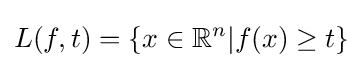
L(f,t)=\{x\in \mathbb {R} ^{n}|f(x)\geq t\}